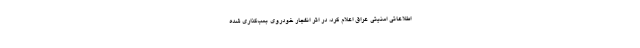
اطلاعاتی امنیتی عراق اعلام کرد، در اثر انفجار خودروی بمب‌گذاری شده